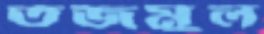
তজমুল